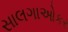
સાલગાઓકર